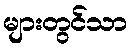
များတွင်သာ